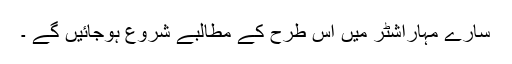
سارے مہاراشٹر میں اس طرح کے مطالبے شروع ہوجائیں گے ۔